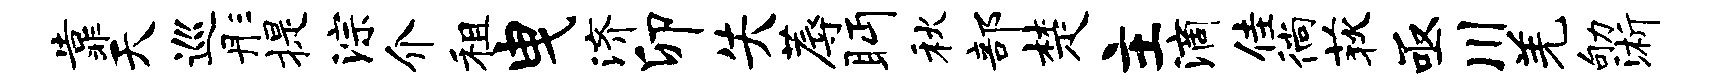
靠天巡彤提淙介租曳济卯失蓐眄秋部楚主滴佳徜荻亟川羌劬浙